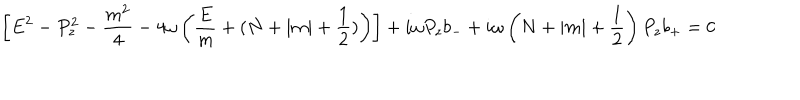
\left[ E ^ { 2 } - P _ { z } ^ { 2 } - \frac { m ^ { 2 } } { 4 } - 4 \omega \left( \frac { E } { m } + ( N + \left| m \right| + \frac { 1 } { 2 } ) \right) \right] + i \omega P _ { z } b _ { - } + i \omega \left( N + \left| m \right| + \frac { 1 } { 2 } \right) P _ { z } b _ { + } = 0